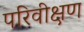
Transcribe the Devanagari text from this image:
परिवीक्षण